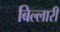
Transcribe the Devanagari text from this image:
बिल्लारी